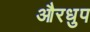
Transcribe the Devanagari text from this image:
औरधुप